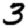
Digit: 3